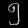
Digit: ၅